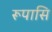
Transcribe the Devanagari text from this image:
रूपासि